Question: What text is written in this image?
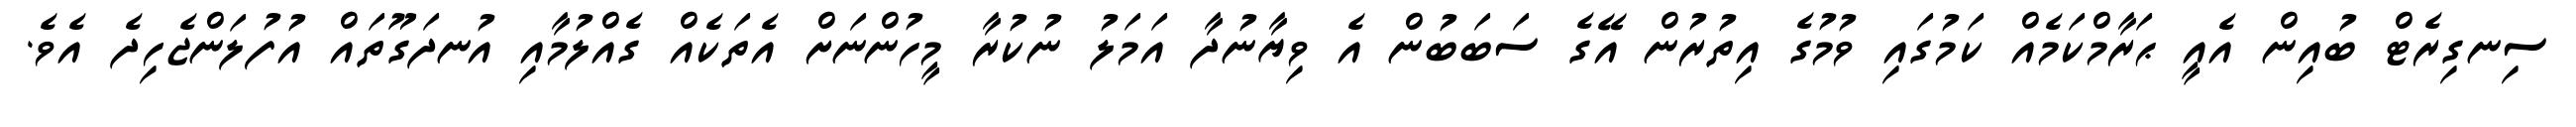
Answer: ސިނގިރެޓް ބުއިން އެއީ ޙަރާމްކަމެއް ކަމުގައި ވުމުގެ އިތުރުން އޭގެ ސަބަބުން އެ ވިޔާނުދާ އަމަލު ނުކުރާ މީހުންނަށް އެތަކެއް ގެއްލުމާއި އުނދަގޫތައް އުފުލަންޖެހިދެ އެވެ.